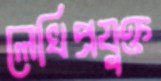
লেখিপ্রযুক্ত